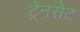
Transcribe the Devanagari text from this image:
ट्रेनसेट